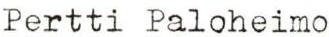
Pertti Paloheimo